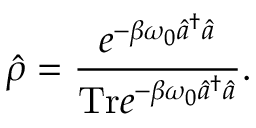
\hat { \rho } = \frac { e ^ { - \beta \omega _ { 0 } \hat { a } ^ { \dagger } \hat { a } } } { \mathrm { T r } e ^ { - \beta \omega _ { 0 } \hat { a } ^ { \dagger } \hat { a } } } .